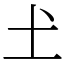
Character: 𡈽